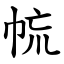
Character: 㡆